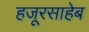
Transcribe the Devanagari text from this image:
हजूरसाहेब